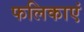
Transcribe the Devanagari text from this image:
फलिकाएं